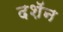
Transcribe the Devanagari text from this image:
दशॅन